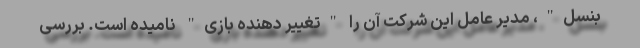
بنسل"، مدیر عامل این شرکت آن را "تغییر دهنده بازی" نامیده است. بررسی